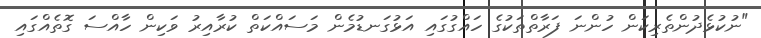
"ނުކުޅެދުންތެރިކަން ހުންނަ ފަރާތްތަކުގެ ހައްގުގައި އަޅުގަނޑުމެން މަސައްކަތް ކުރާއިރު ވަކިން ހާއްސަ ގޮތެއްގައި